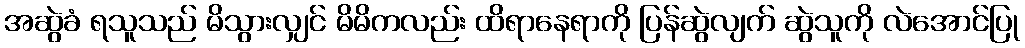
အဆွဲခံ ရသူသည် မိသွားလျှင် မိမိကလည်း ထိရာနေရာကို ပြန်ဆွဲလျက် ဆွဲသူကို လဲအောင်ပြု